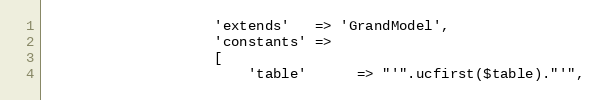
Language: PHP
                    'extends'   => 'GrandModel',
                    'constants' =>
                    [
                        'table'      => "'".ucfirst($table)."'",